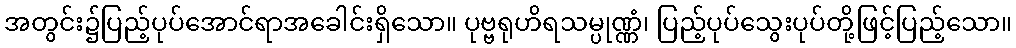
အတွင်း၌ပြည့်ပုပ်အောင်ရာအခေါင်းရှိသော။ ပုဗ္ဗရုဟိရသမ္ပုဏ္ဏံ၊ ပြည့်ပုပ်သွေးပုပ်တို့ဖြင့်ပြည့်သော။